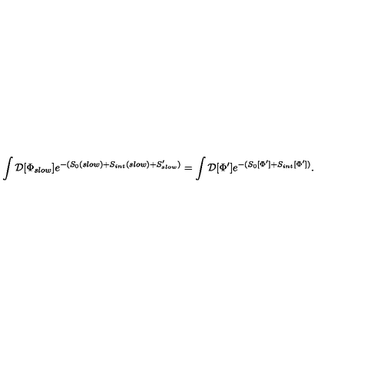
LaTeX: \int { \cal D } [ \Phi _ { s l o w } ] e ^ { - ( S _ { 0 } ( s l o w ) + S _ { i n t } ( s l o w ) + S _ { s l o w } ^ { \prime } ) } = \int { \cal D } [ \Phi ^ { \prime } ] e ^ { - ( S _ { 0 } [ \Phi ^ { \prime } ] + S _ { i n t } [ \Phi ^ { \prime } ] ) } .